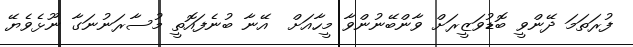
ފުރަަތަމަ ދޭންވީ ބޮޑުވަޒީރަށް ވާންބޭނުންވާ މީހާއަށް  އޭނާ ބުނެފައޮތީ މުސާރަނުނަގާ ނޫޅެވެޔޭ